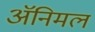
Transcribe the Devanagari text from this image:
ॲनिमल